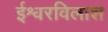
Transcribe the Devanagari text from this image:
ईश्वरविलाश